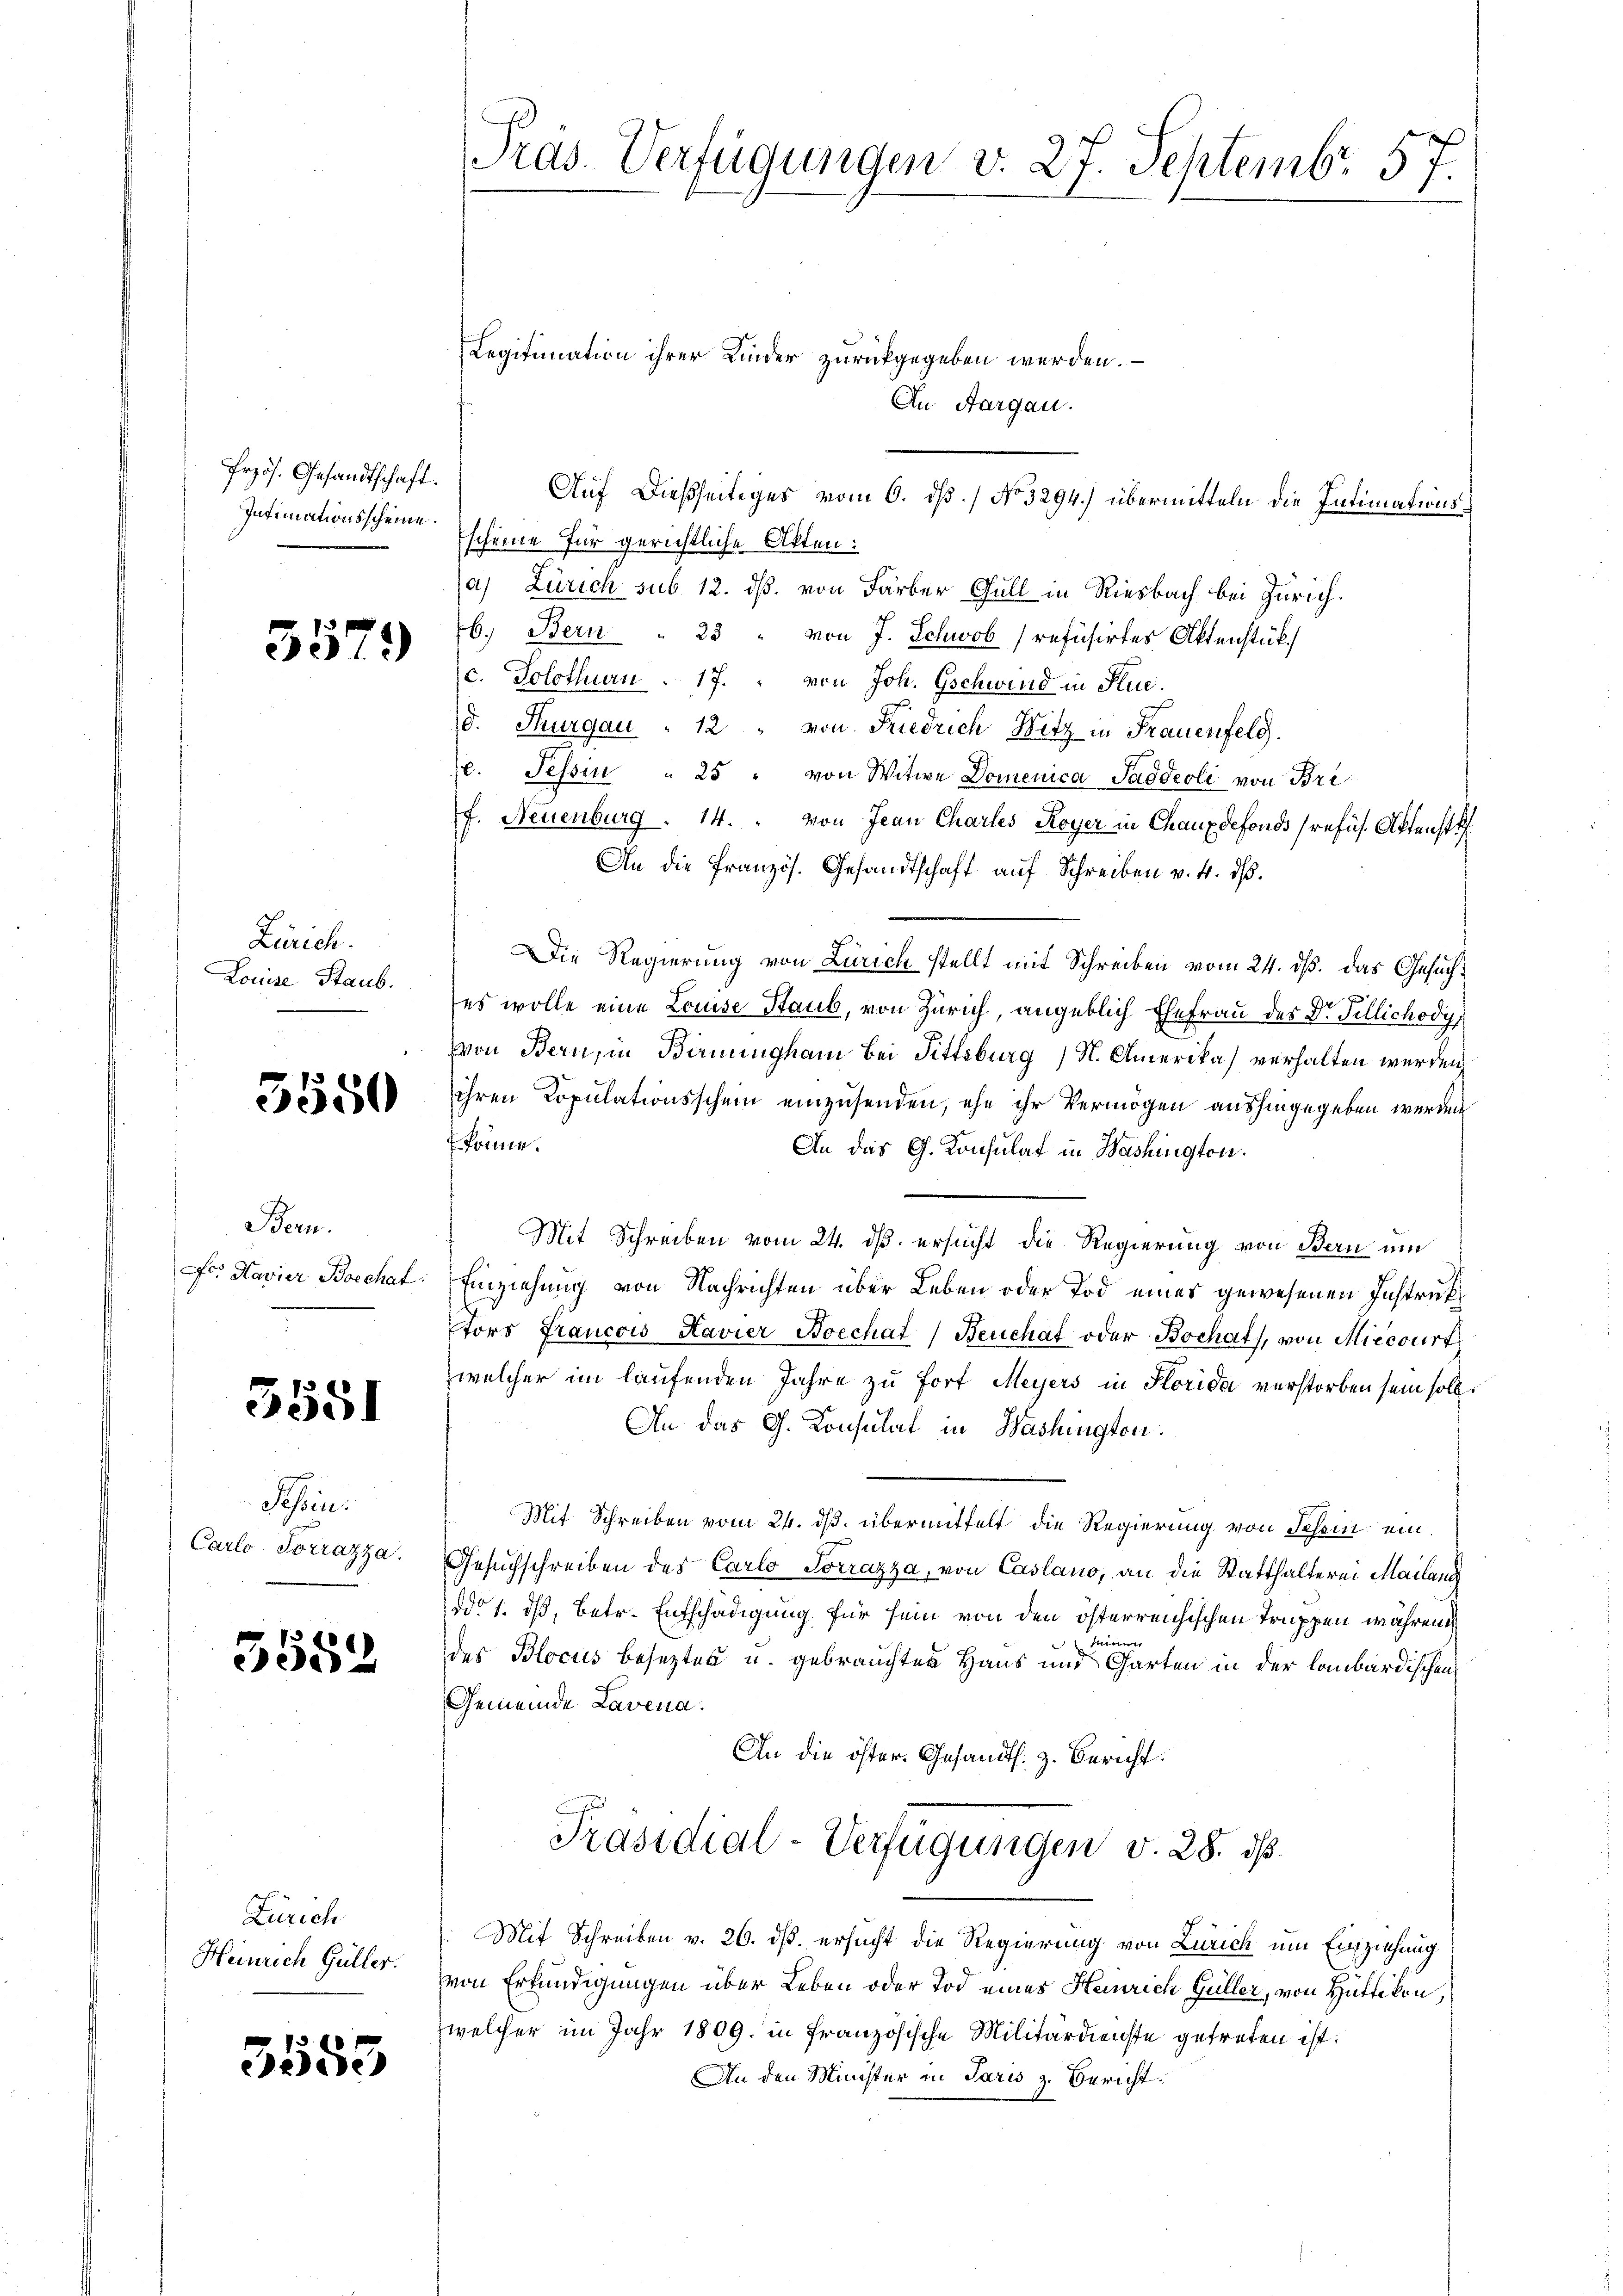
Przös. Gesandtschaft.
Intimationsscheine.

3579

Zürich.
Louise Staub.

3550

Bern.

3581

Schen.
Carlo. Sorrazza.

5582

Zürich
Heinrich Güller.

3553

Legitimation ihrer Kinder zurückgegeben werden.
In Aargau.
Escheine für gerichtliche Akten:
a) Zürich sub 12. ds. von Färber Gull in Riesbach bei Zürich.
6. Bern " 23 " von J. Schwob (refüsirtes Aktenstück
c. Solothurn . 17. " von Joh. Gschwind in Stue.
d. Thurgau " 12 " von Friedrich Witz in Frauenfelg.
e. Tessin " 25 " von Witwe Domenica Saddeoli von Bre
f. Neuenburg. 14. " von Jean Charles Royer in Chauxdefonds refus. Aktenste
An die Französ. Gesandtschaft auf Schreiben v. 4. ds.
Die Regierung von Zürich stellt mit Schreiben vom 24. ds. das Gesuches wolle eine Louise Staub, von Zürich, angeblich Ehefrau des Dr. Tillichody
von Bern, in Birningham bei Fittsburg (N. Amerika) verhalten werden,
ihren Copulationsschein einzusenden, ehe ihr Vermögen aushingegeben werden
könne.
An das G. Konsulat in Washington.
Mit Schreiben vom 24. ds. ersucht die Regierung von Bern um
Fr. Havier Boechat. Einziehung von Nachrichten über Leben oder Tod eines gewesenen Instruktors Francois Havier Boechat Benchat oder Bochat, von Miecourt
welcher im laufenden Jahre zu fort Meyers in Horida verstorben sein soll
An das G. Konsulat in Washington.
Mit Schreiben vom 24. ds. übermittelt die Regierung von Schein ein¬
Gesuchschreiben des Carlo Socrazza, von Caslano, an die Statthalterei Mailand
ddo 1. dß, betr. Entschädigung für sein von den österreichischen Truppen während
Mirin
des Blocus besezten u. gebrauchten Haus und Garten in der laubardischen
Gemeinde Lavena.
An die öster. Gesandts. z. Bericht:
Präsidial-Verfügungen v. 28. ds.
Mit Schreiben v. 26. ds. ersucht die Regierung von Zürich um Einziehung
von Erkundigungen über Leben oder Tod eines Heinrich Güller, von Hüttikon,
welcher im Jahr 1809. in Französische Militärdienste getreten ist.
An den Minister in Paris z. Bericht.

Präs. Verfügungen v. 27. Septembr 57.

Auf dießseitiges vom 6. dß. / No 3294.) übermitteln die Intimations¬